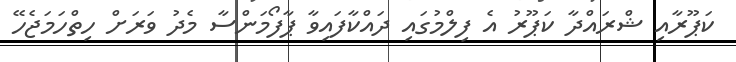
ކަޕޫރާއި ޝްރައްދާ ކަޕޫރު އެ ފިލްމުގައި ދައްކާފައިވާ ޕާފޯމަންސާ މެދު ވަރަށް ހިތްހަމަޖެހޭ